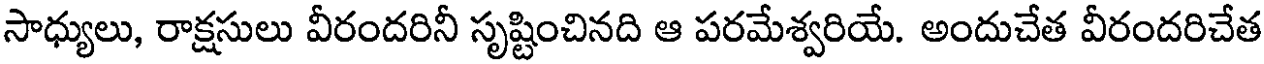
సాధ్యులు, రాక్షసులు వీరందరినీ సృష్టించినది ఆ పరమేశ్వరియే. అందుచేత వీరందరిచేత